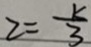
2 = \frac { k } { 3 }